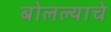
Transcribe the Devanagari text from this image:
बोलल्याचे